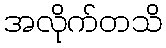
အလိုက်တသိ